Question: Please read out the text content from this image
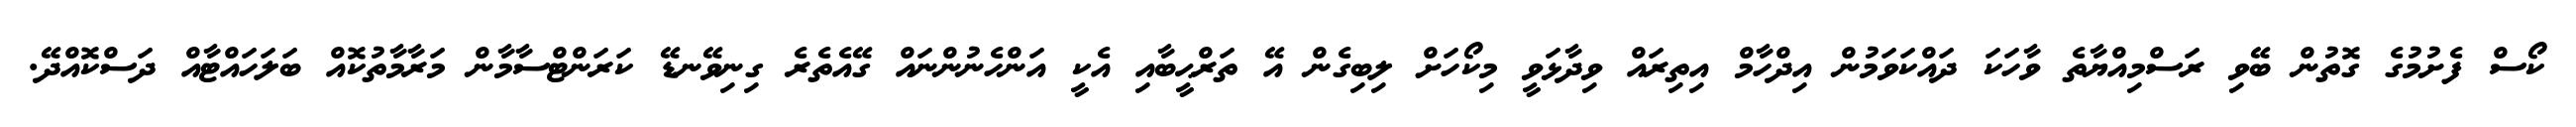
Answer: ކޯސް ފެށުމުގެ ގޮތުން ބޭވި ރަސްމިއްޔާތެ ވާހަކަ ދައްކަވަމުން އިދްހާމް އިތިރައް ވިދާޅަވީ މިކޯހަށް ލިބިގެން އޭ ތަރްޙީބާއި އެކީ އަންހެނުންނައް ގޭއެތެރެ ގިނިވޭނޑޭ ކަރަންޓްސާމާން މަރާމާތުކޮއް ބަލަހައްޓާއް ދަސްކޮއްދޭ.